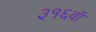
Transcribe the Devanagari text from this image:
३१६वॉ